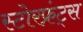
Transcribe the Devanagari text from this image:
स्टोरफ्रंट्स